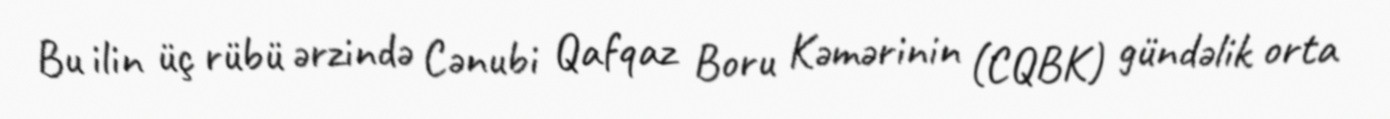
Bu ilin üç rübü ərzində Cənubi Qafqaz Boru Kəmərinin (CQBK) gündəlik orta